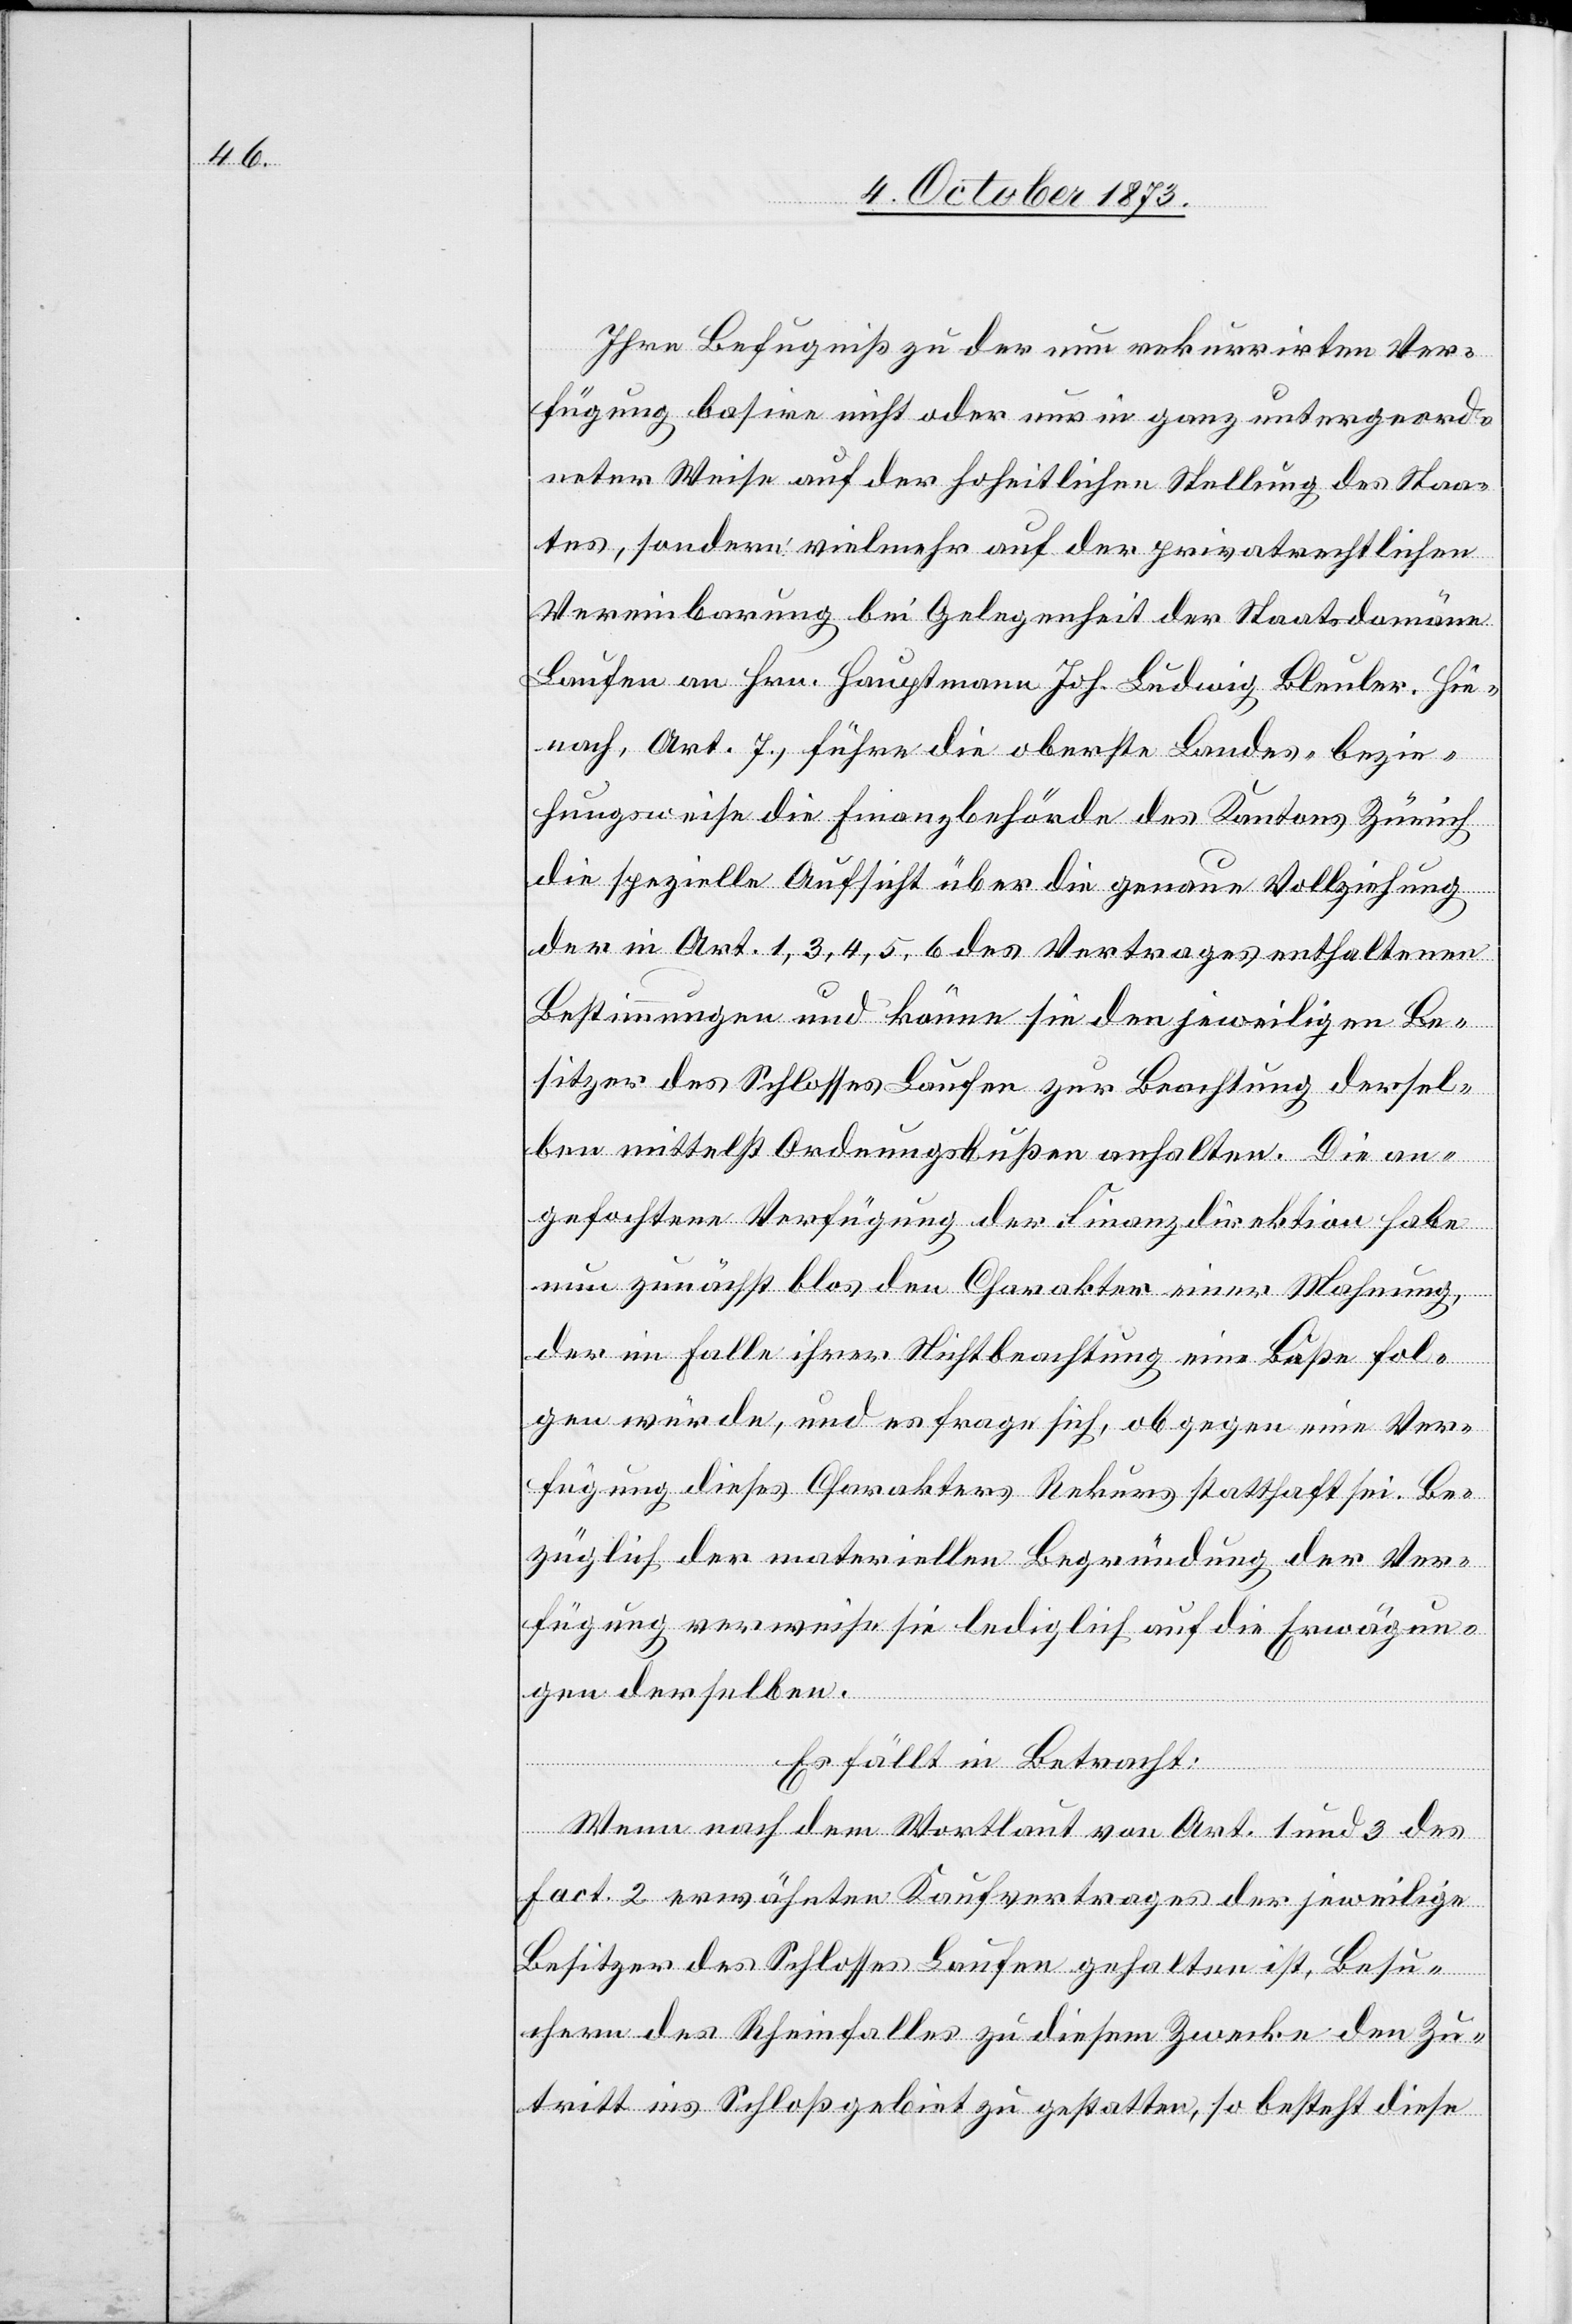
Ihre Befugniß zu der neu rekurrirten Ver¬
fügung basire nicht oder nur in ganz untergeord¬
neter Weise auf der hoheitlichen Stellung des Staa¬
tes, sondern vielmehr auf der privatrechtlichen
Vereinbarung bei Gelegenheit der Staatsdomäne
Laufen an Hrn. Hauptmann Joh. Ludwig Bleuler. Hie¬
nach, Art. 7, führe die oberste Landes- bezie¬
hungsweise die Finanzbehörde des Kantons Zürich
die spezielle Aufsicht über die genaue Vollziehung
der in Art. 1, 3, 4, 5, 6 des Vertrages enthaltenen
Bestimmungen und könne sie den jeweiligen Be¬
sitzer des Schlosses Laufen zur Beachtung dersel¬
ben mittelst Ordnungsbußen anhalten. Die an¬
gefochtene Verfügung der Finanzdirektion habe
nun zunächst blos den Charakter einer Mahnung,
der im Falle ihrer Nichtbeachtung eine Buße fol¬
gen würde, und es frage sich, ob gegen eine Ver¬
fügung dieses Charakters Rekurs statthaft sei. Be¬
züglich der materiellen Begründung der Ver¬
fügung verweise sie lediglich auf die Erwägun¬
gen derselben.
Es fällt in Betracht:
Wenn nach dem Wortlaut von Art. 1 und 3 des
Fact. 2 erwähnten Kaufvertrages der jeweilige
Besitzer des Schlosses Laufen gehalten ist, Besu¬
chern des Rheinfalles zu diesem Zwecke den Zu¬
tritt ins Schloßgebiet zu gestatten, so besteht diese